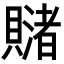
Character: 𧸓